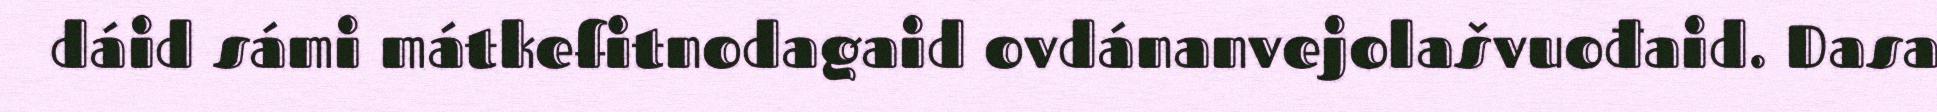
dáid sámi mátkefitnodagaid ovdánanvejolašvuođaid. Dasa